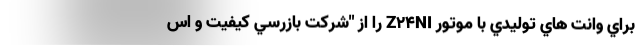
براي وانت هاي توليدي با موتور Z24NI را از "شركت بازرسي كيفيت و اس